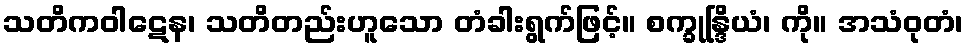
သတိကဝါဋေန၊ သတိတည်းဟူသော တံခါးရွက်ဖြင့်။ စက္ခုန္ဒြိယံ၊ ကို။ အသံဝုတံ၊